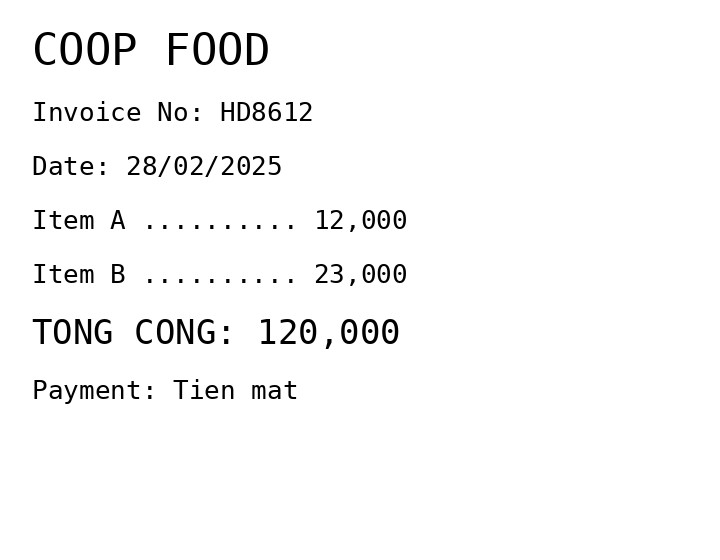
COOP FOOD
Invoice No: HD8612
Date: 28/02/2025
Item A .......... 12,000
Item B .......... 23,000
TONG CONG: 120,000
Payment: Tien mat
Merchant: coop food
Date: 2025-02-28
Total: 120000
Invoice No: HD8612
Payment method: CASH